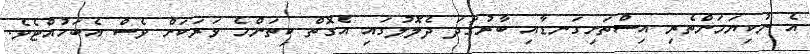
އެ ނުކިޔަމަންތެރި އިސްތަށިގަނޑާއި ބާރުގަދަ ދެލޮލުގައި އެގޮތް ކިތަންމެ ވަރަކަށް ވެސް އެބަހުއްޓެވެ.